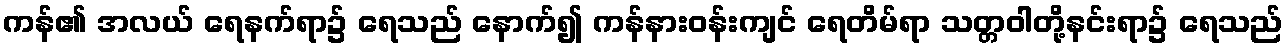
ကန်၏ အလယ် ရေနက်ရာ၌ ရေသည် နောက်၍ ကန်နားဝန်းကျင် ရေတိမ်ရာ သတ္တဝါတို့နင်းရာ၌ ရေသည်